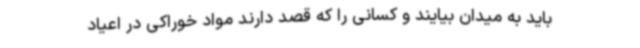
باید به میدان بیایند و کسانی را که قصد دارند مواد خوراکی در اعیاد